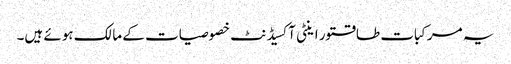
یہ مرکبات طاقتور اینٹی آکسیڈنٹ خصوصیات کے مالک ہوئے ہیں۔